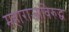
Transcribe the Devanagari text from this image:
महाराजांविरुद्ध